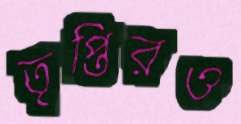
তৃপ্তিরও